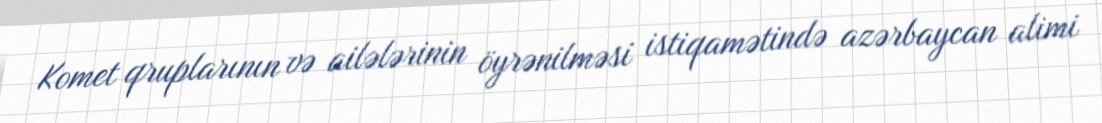
Komet qruplarının və ailələrinin öyrənilməsi istiqamətində azərbaycan alimi